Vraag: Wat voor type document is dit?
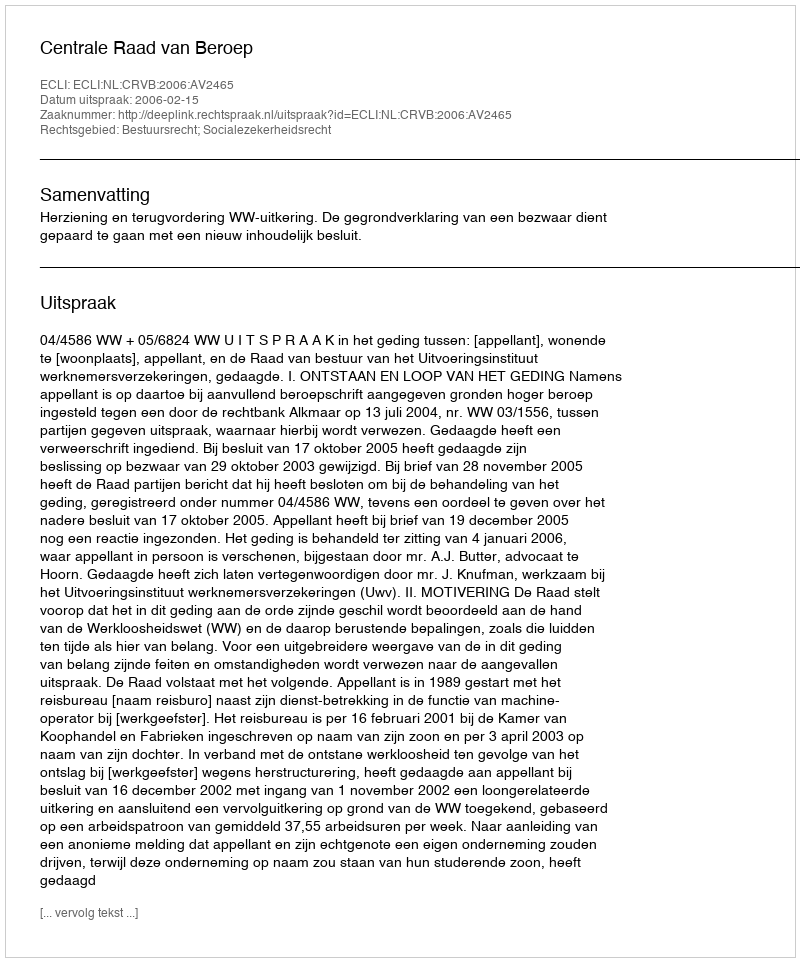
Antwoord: Uitspraak